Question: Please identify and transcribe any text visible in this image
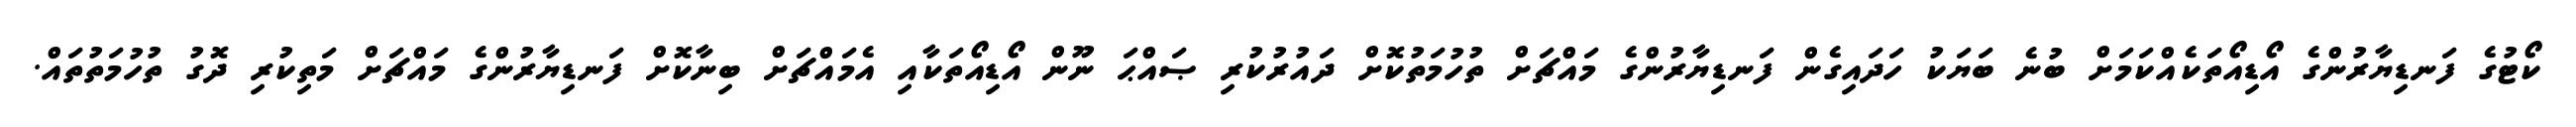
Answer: ކޯޓުގެ ފަނޑިޔާރުންގެ އޯޑިއޯތަކެއްކަމަށް ބުނެ ބަޔަކު ހަދައިގެން ފަނޑިޔާރުންގެ މައްޗަށް ތުހުމަތުކޮށް ދައުރުކުރި ޞައްޙަ ނޫން އޯޑިއޯތަކާއި އެމައްޗަށް ބިނާކޮށް ފަނޑިޔާރުންގެ މައްޗަށް މަތިކުރި ދޮގު ތުހުމަތުތައް.